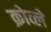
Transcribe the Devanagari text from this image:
क्रोव्ले